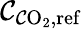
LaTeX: \mathcal{C}_{\mathrm{{\mathcal{C}O}}_{2},\mathrm{{ref}}}